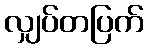
လျှပ်တပြက်